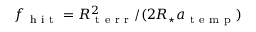
f _ { \mathrm { ~ h ~ i ~ t ~ } } = R _ { \mathrm { ~ t ~ e ~ r ~ r ~ } } ^ { 2 } / ( 2 R _ { \star } a _ { \mathrm { ~ t ~ e ~ m ~ p ~ } } )